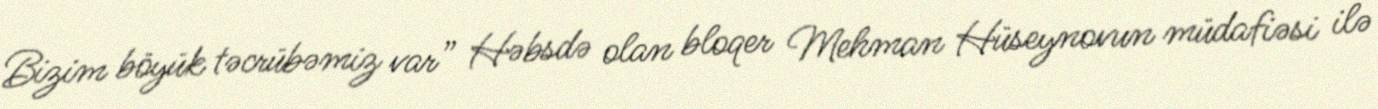
Bizim böyük təcrübəmiz var” Həbsdə olan bloqer Mehman Hüseynovun müdafiəsi ilə